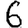
Digit: 6